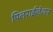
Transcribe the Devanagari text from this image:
पिलराईजेशन